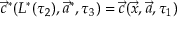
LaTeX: \vec { c } ^ { * } ( L ^ { * } ( \tau _ { 2 } ) , \vec { a } ^ { * } , \tau _ { 3 } ) = \vec { c } ( \vec { x } , \vec { a } , \tau _ { 1 } )